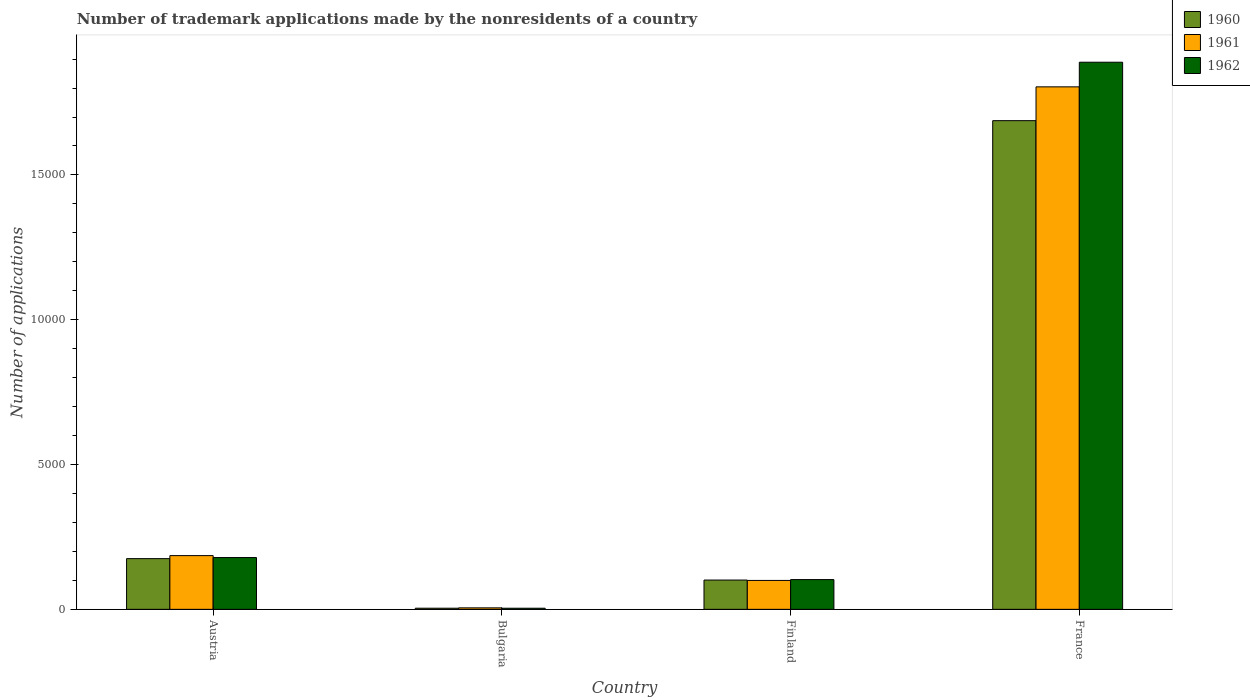
| Country | 1960 | 1961 | 1962 |
 | --- | --- | --- | --- |
 | Austria | 1.75e+03 | 1.86e+03 | 1.79e+03 |
 | Bulgaria | 39 | 51 | 38 |
 | Finland | 1.01e+03 | 998 | 1.03e+03 |
 | France | 1.69e+04 | 1.8e+04 | 1.89e+04 |